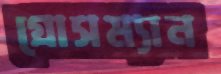
গ্রোসম্যান